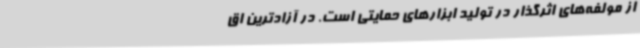
از مولفه‌های اثرگذار در تولید ابزارهای حمایتی است. در آزادترین اق